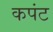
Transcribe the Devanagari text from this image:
कपंट